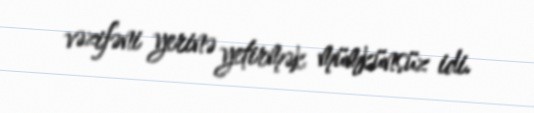
vəzifəni yerinə yetirmək mümkünsüz idi.